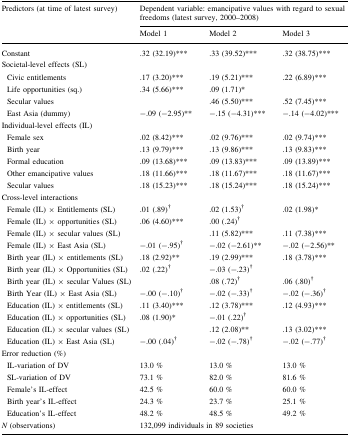
<table><thead><tr><td rowspan="2"><b>Predictors (at time of latest survey)</b></td><td colspan="3"><b>Dependent variable: emancipative values with regard to sexual freedoms (latest survey, 2000–2008)</b></td></tr><tr><td><b>Model 1</b></td><td><b>Model 2</b></td><td><b>Model 3</b></td></tr></thead><tbody><tr><td>Constant</td><td>.32 (32.19)***</td><td>.33 (39.52)***</td><td>.32 (38.75)***</td></tr><tr><td colspan="4">Societal-level effects (SL)</td></tr><tr><td> Civic entitlements</td><td>.17 (3.20)***</td><td>.19 (5.21)***</td><td>.22 (6.89)***</td></tr><tr><td> Life opportunities (sq.)</td><td>.34 (5.66)***</td><td>.09 (1.71)*</td><td></td></tr><tr><td> Secular values</td><td></td><td>.46 (5.50)***</td><td>.52 (7.45)***</td></tr><tr><td> East Asia (dummy)</td><td>−.09 (−2.95)**</td><td>−.15 (−4.31)***</td><td>−.14 (−4.02)***</td></tr><tr><td colspan="4">Individual-level effects (IL)</td></tr><tr><td> Female sex</td><td>.02 (8.42)***</td><td>.02 (9.76)***</td><td>.02 (9.74)***</td></tr><tr><td> Birth year</td><td>.13 (9.79)***</td><td>.13 (9.86)***</td><td>.13 (9.83)***</td></tr><tr><td> Formal education</td><td>.09 (13.68)***</td><td>.09 (13.83)***</td><td>.09 (13.89)***</td></tr><tr><td> Other emancipative values</td><td>.18 (11.66)***</td><td>.18 (11.67)***</td><td>.18 (11.67)***</td></tr><tr><td> Secular values</td><td>.18 (15.23)***</td><td>.18 (15.24)***</td><td>.18 (15.24)***</td></tr><tr><td colspan="4">Cross-level interactions</td></tr><tr><td> Female (IL) × Entitlements (SL)</td><td>.01 (.89)<sup>†</sup></td><td>.02 (1.53)<sup>†</sup></td><td>.02 (1.98)*</td></tr><tr><td> Female (IL) × opportunities (SL)</td><td>.06 (4.60)***</td><td>.00 (.24)<sup>†</sup></td><td></td></tr><tr><td> Female (IL) × secular values (SL)</td><td></td><td>.11 (5.82)***</td><td>.11 (7.38)***</td></tr><tr><td> Female (IL) × East Asia (SL)</td><td>−.01 (−.95)<sup>†</sup></td><td>−.02 (−2.61)**</td><td>−.02 (−2.56)**</td></tr><tr><td> Birth year (IL) × entitlements (SL)</td><td>.18 (2.92)**</td><td>.19 (2.99)***</td><td>.18 (3.78)***</td></tr><tr><td> Birth year (IL) × Opportunities (SL)</td><td>.02 (.22)<sup>†</sup></td><td>−.03 (−.23)<sup>†</sup></td><td></td></tr><tr><td> Birth year (IL) × secular Values (SL)</td><td></td><td>.08 (.72)<sup>†</sup></td><td>.06 (.80)<sup>†</sup></td></tr><tr><td> Birth Year (IL) × East Asia (SL)</td><td>−.00 (−.10)<sup>†</sup></td><td>−.02 (−.33)<sup>†</sup></td><td>−.02 (−.36)<sup>†</sup></td></tr><tr><td> Education (IL) × entitlements (SL)</td><td>.11 (3.40)***</td><td>.12 (3.78)***</td><td>.12 (4.93)***</td></tr><tr><td> Education (IL) × opportunities (SL)</td><td>.08 (1.90)*</td><td>−.01 (.22)<sup>†</sup></td><td></td></tr><tr><td> Education (IL) × secular values (SL)</td><td></td><td>.12 (2.08)**</td><td>.13 (3.02)***</td></tr><tr><td> Education (IL) × East Asia (SL)</td><td>−.00 (.04)<sup>†</sup></td><td>−.02 (−.78)<sup>†</sup></td><td>−.02 (−.77)<sup>†</sup></td></tr><tr><td colspan="4">Error reduction (%)</td></tr><tr><td> IL-variation of DV</td><td>13.0 %</td><td>13.0 %</td><td>13.0 %</td></tr><tr><td> SL-variation of DV</td><td>73.1 %</td><td>82.0 %</td><td>81.6 %</td></tr><tr><td> Female’s IL-effect</td><td>42.5 %</td><td>60.0 %</td><td>60.0 %</td></tr><tr><td> Birth year’s IL-effect</td><td>24.3 %</td><td>23.7 %</td><td>25.1 %</td></tr><tr><td> Education’s IL-effect</td><td>48.2 %</td><td>48.5 %</td><td>49.2 %</td></tr><tr><td><i>N</i> (observations)</td><td colspan="3">132,099 individuals in 89 societies</td></tr></tbody></table>